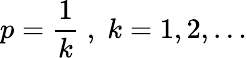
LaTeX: \displaystyle p=\frac{1}{k}\; ,\; k=1,2,\ldots